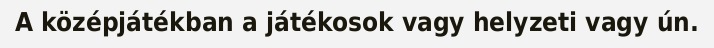
A középjátékban a játékosok vagy helyzeti vagy ún.